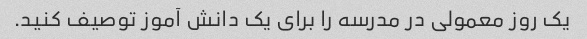
یک روز معمولی در مدرسه را برای یک دانش آموز توصیف کنید.